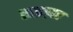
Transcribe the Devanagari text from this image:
राइज़र